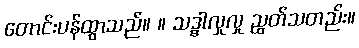
တောင်းပန်ထွာသည်။ ။ သဒ္ဓါလှုလှု ညွတ်သတည်း။